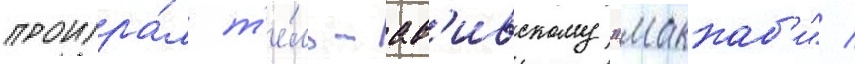
проигра́л т'е́ль-ав'ивскому "маккаб'и" /